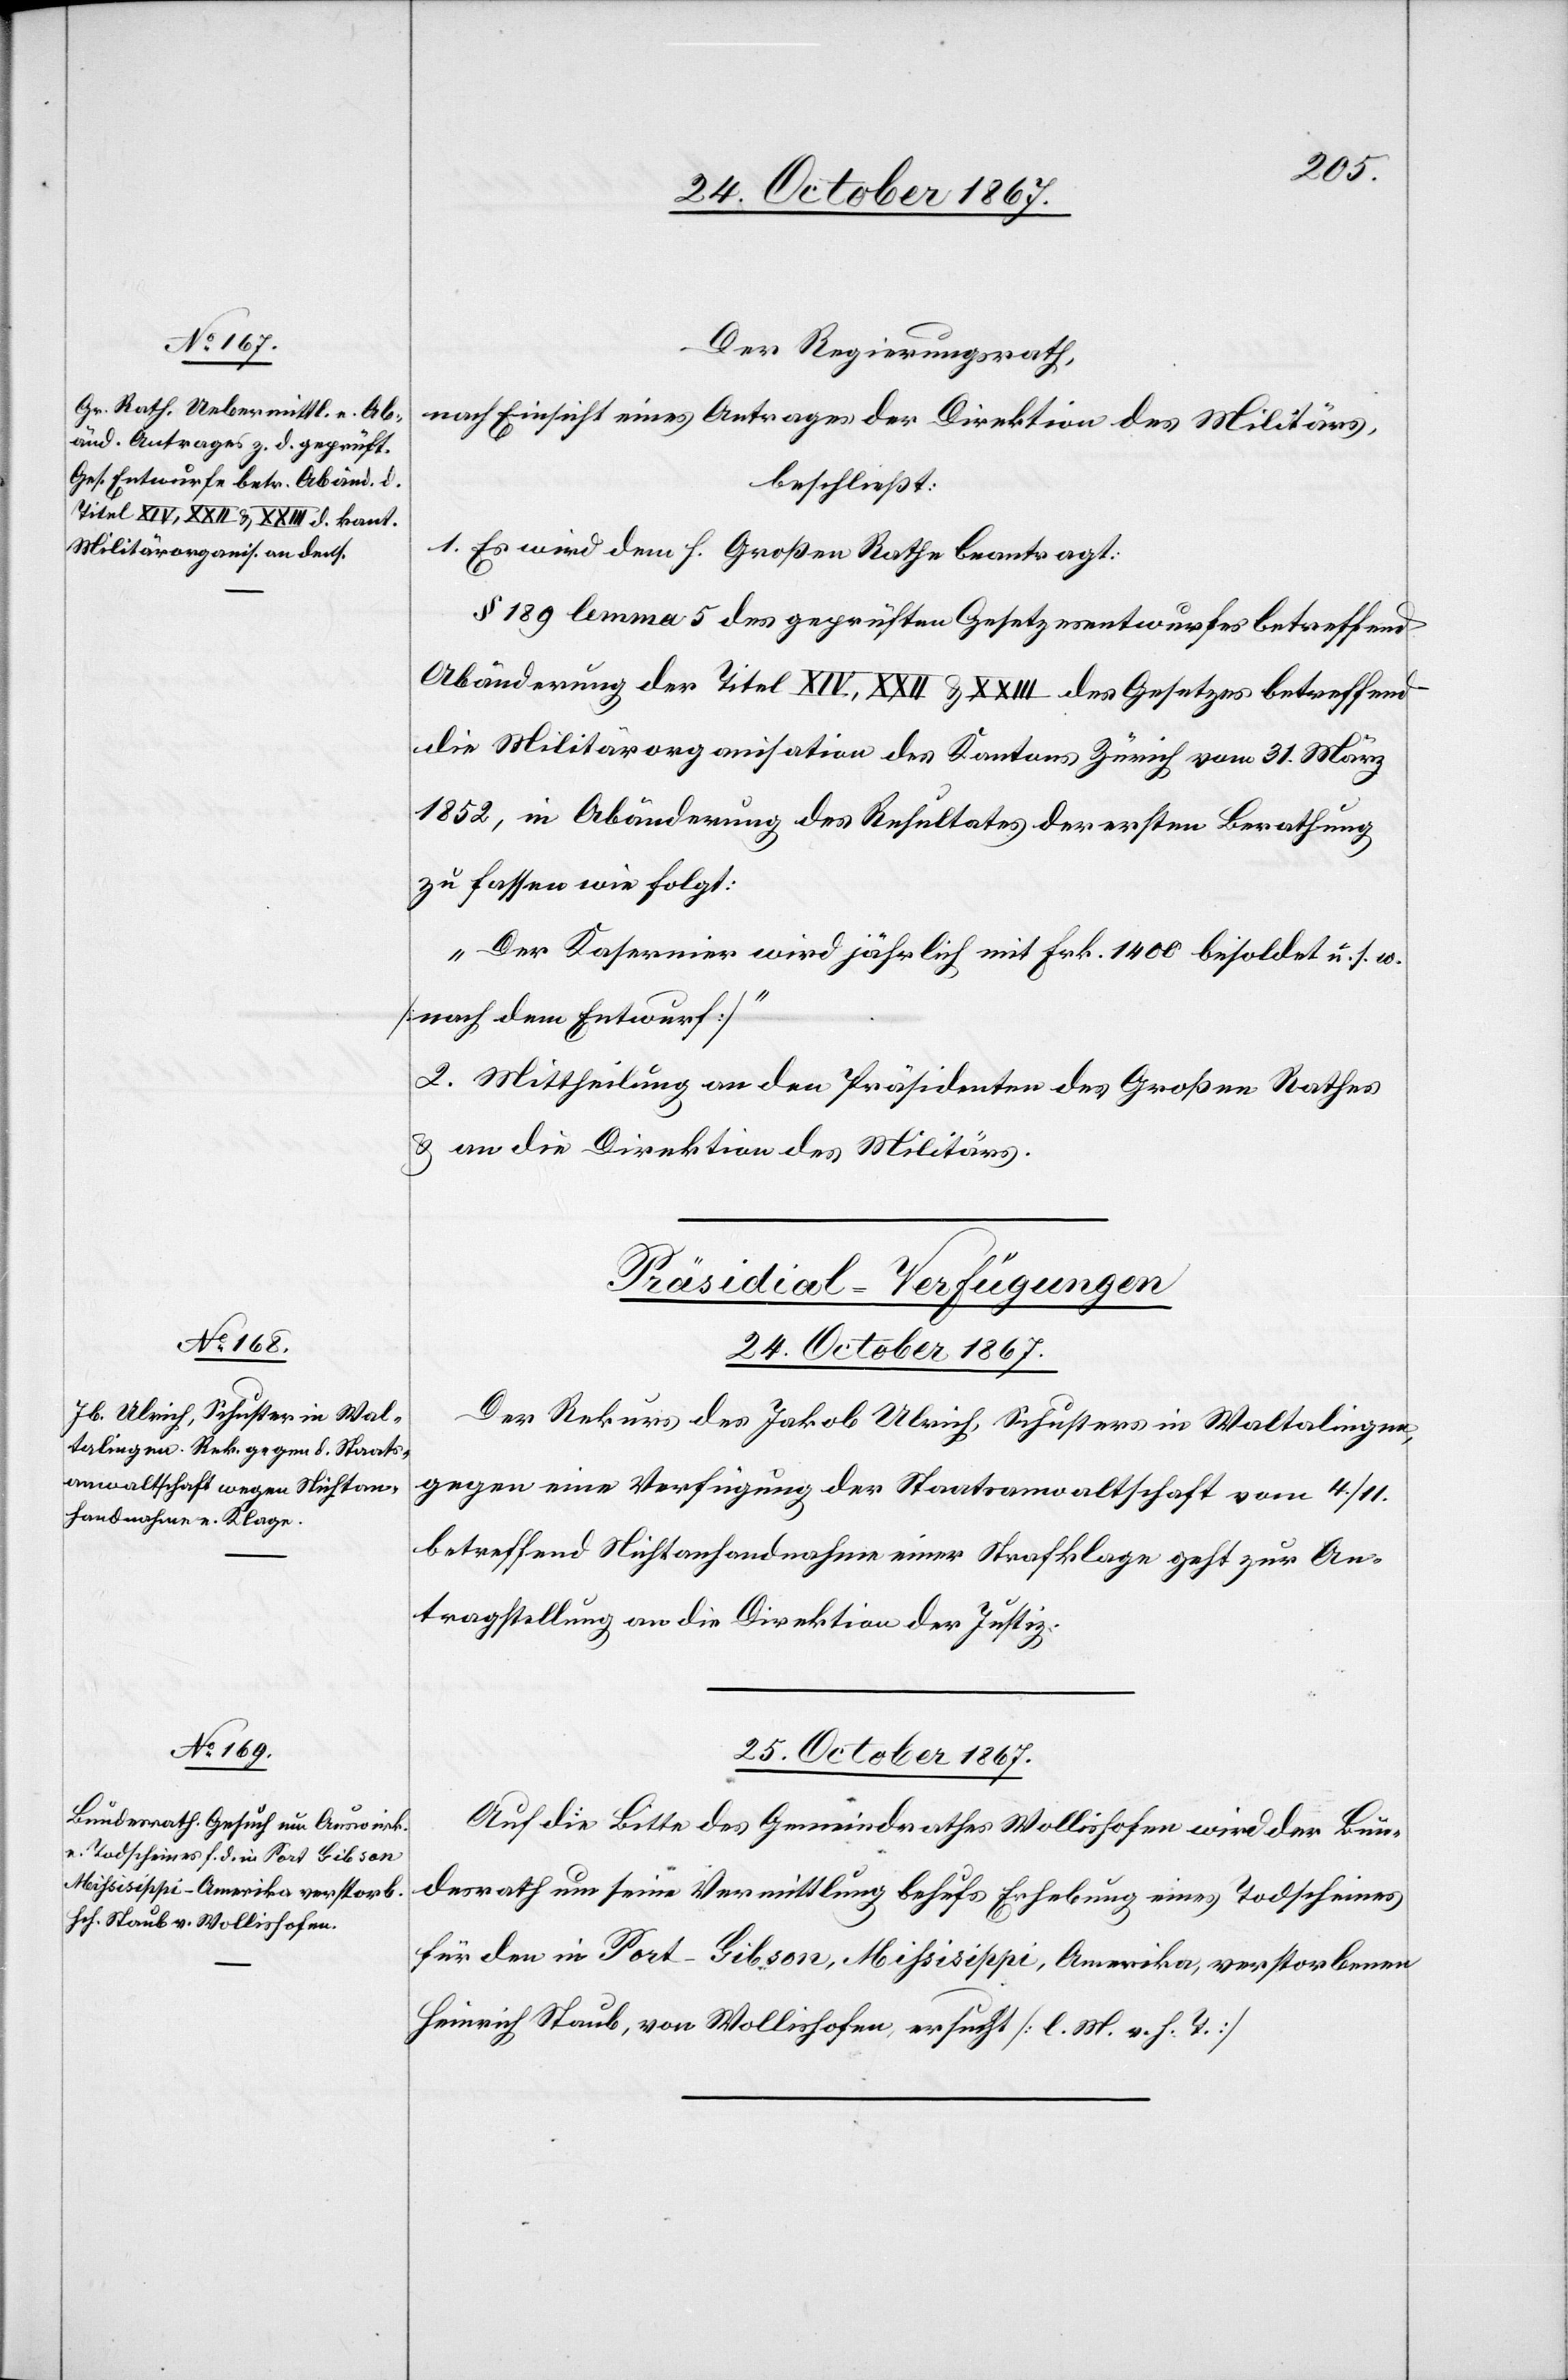
Der Regierungsrath,
nach Einsicht eines Antrages der Direktion des Militärs,
beschließt:
1. Es wird dem h. Großen Rathe beantragt:
§ 189 lemma 5 des geprüften Gesetzesentwurfes betreffend
Abänderung der Titel XIV, XXII u. XXIII des Gesetzes betreffend
die Militärorganisation des Kantons Zürich vom 31. März
1852, in Abänderung des Resultates der ersten Berathung
zu fassen wie folgt:
„Der Kasernier wird jährlich mit Frk. 1400 besoldet u. s. w.
[nach dem Entwurf]“
2. Mittheilung an den Präsidenten des Großen Rathes
u. an die Direktion des Militärs.
[Präsidial-Verfügungen]
24. October 1867.
Der Rekurs des Jakob Ulrich, Schusters in Waltalingen,
gegen eine Verfügung der Staatsanwaltschaft vom 4.
betreffend Nichtanhandnahme einer Strafklage geht zur An¬
tragstellung an die Direktion der Justiz.
25. October 1867.
Auf die Bitte des Gemeindrathes Wollishofen wird der Bun¬
desrath um seine Vermittlung behufs Erhebung eines Todscheines
für den in Port-Gibson, Mißisippi, Amerika, verstorbenen
Heinrich Staub, von Wollishofen ersucht [l. M. v. h. T.].